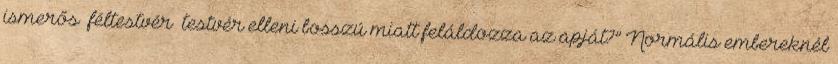
ismerős féltestvér testvér elleni bosszú miatt feláldozza az apját?” Normális embereknél